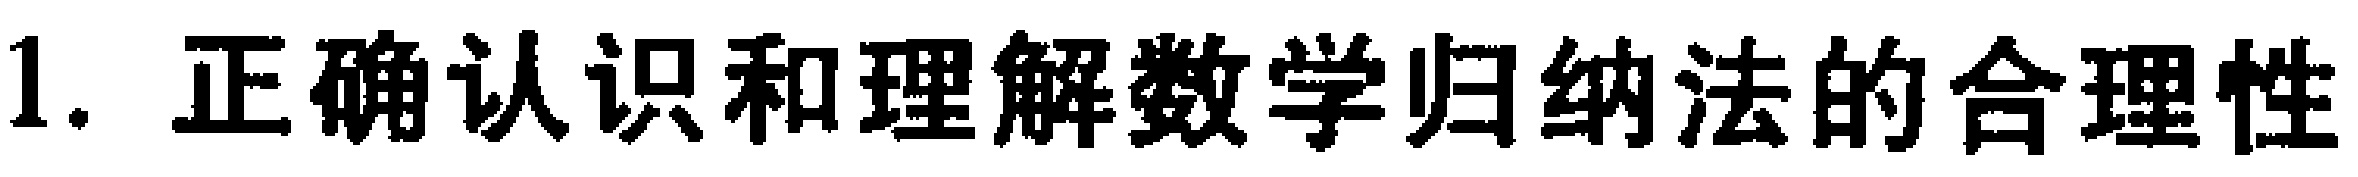
1. 正确认识和理解数学归纳法的合理性